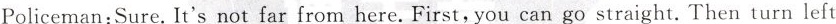
Policeman:Sure.It's not far from here. First,you can go straight.Then turn left